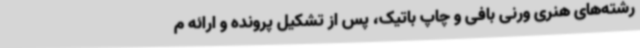
رشته‌های هنری ورنی بافی و چاپ باتیک، پس از تشکیل پرونده و ارائه م